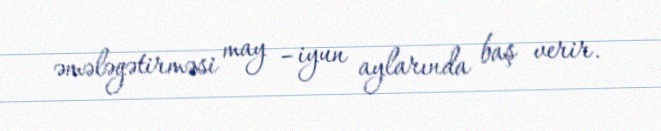
əmələgətirməsi may –iyun aylarında baş verir.